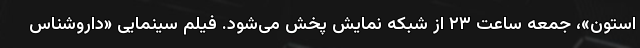
استون»، جمعه ساعت ۲۳ از شبکه نمایش پخش می‌شود. فیلم سینمایی «داروشناس